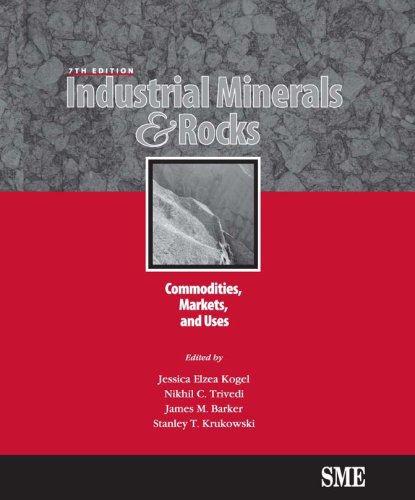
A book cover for Industrial Minerals & Rocks: Commodities, Markets, and Uses; Science & Math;